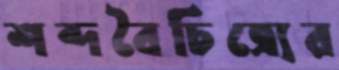
শব্দবৈচিত্র্যের